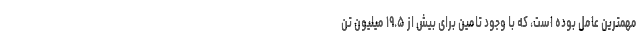
مهمترین عامل بوده است، که با وجود تامین برای بیش از ۱۹.۵ میلیون تن